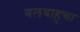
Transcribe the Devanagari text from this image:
बलबाहुचा